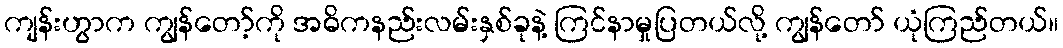
ကျန်းဟွာက ကျွန်တော့်ကို အဓိကနည်းလမ်းနှစ်ခုနဲ့ ကြင်နာမှုပြတယ်လို့ ကျွန်တော် ယုံကြည်တယ်။